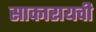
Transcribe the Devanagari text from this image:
साकारायची